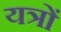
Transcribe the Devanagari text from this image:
यत्रों